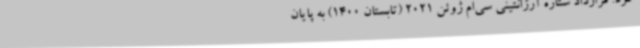
کرد. قرارداد ستاره آرژانتینی سی‌ام ژوئن 2021 (تابستان 1400) به پایان